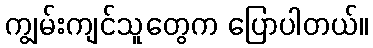
ကျွမ်းကျင်သူတွေက ပြောပါတယ်။